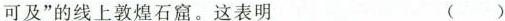
可及”的线上敦煌石窟。这表明 ( )